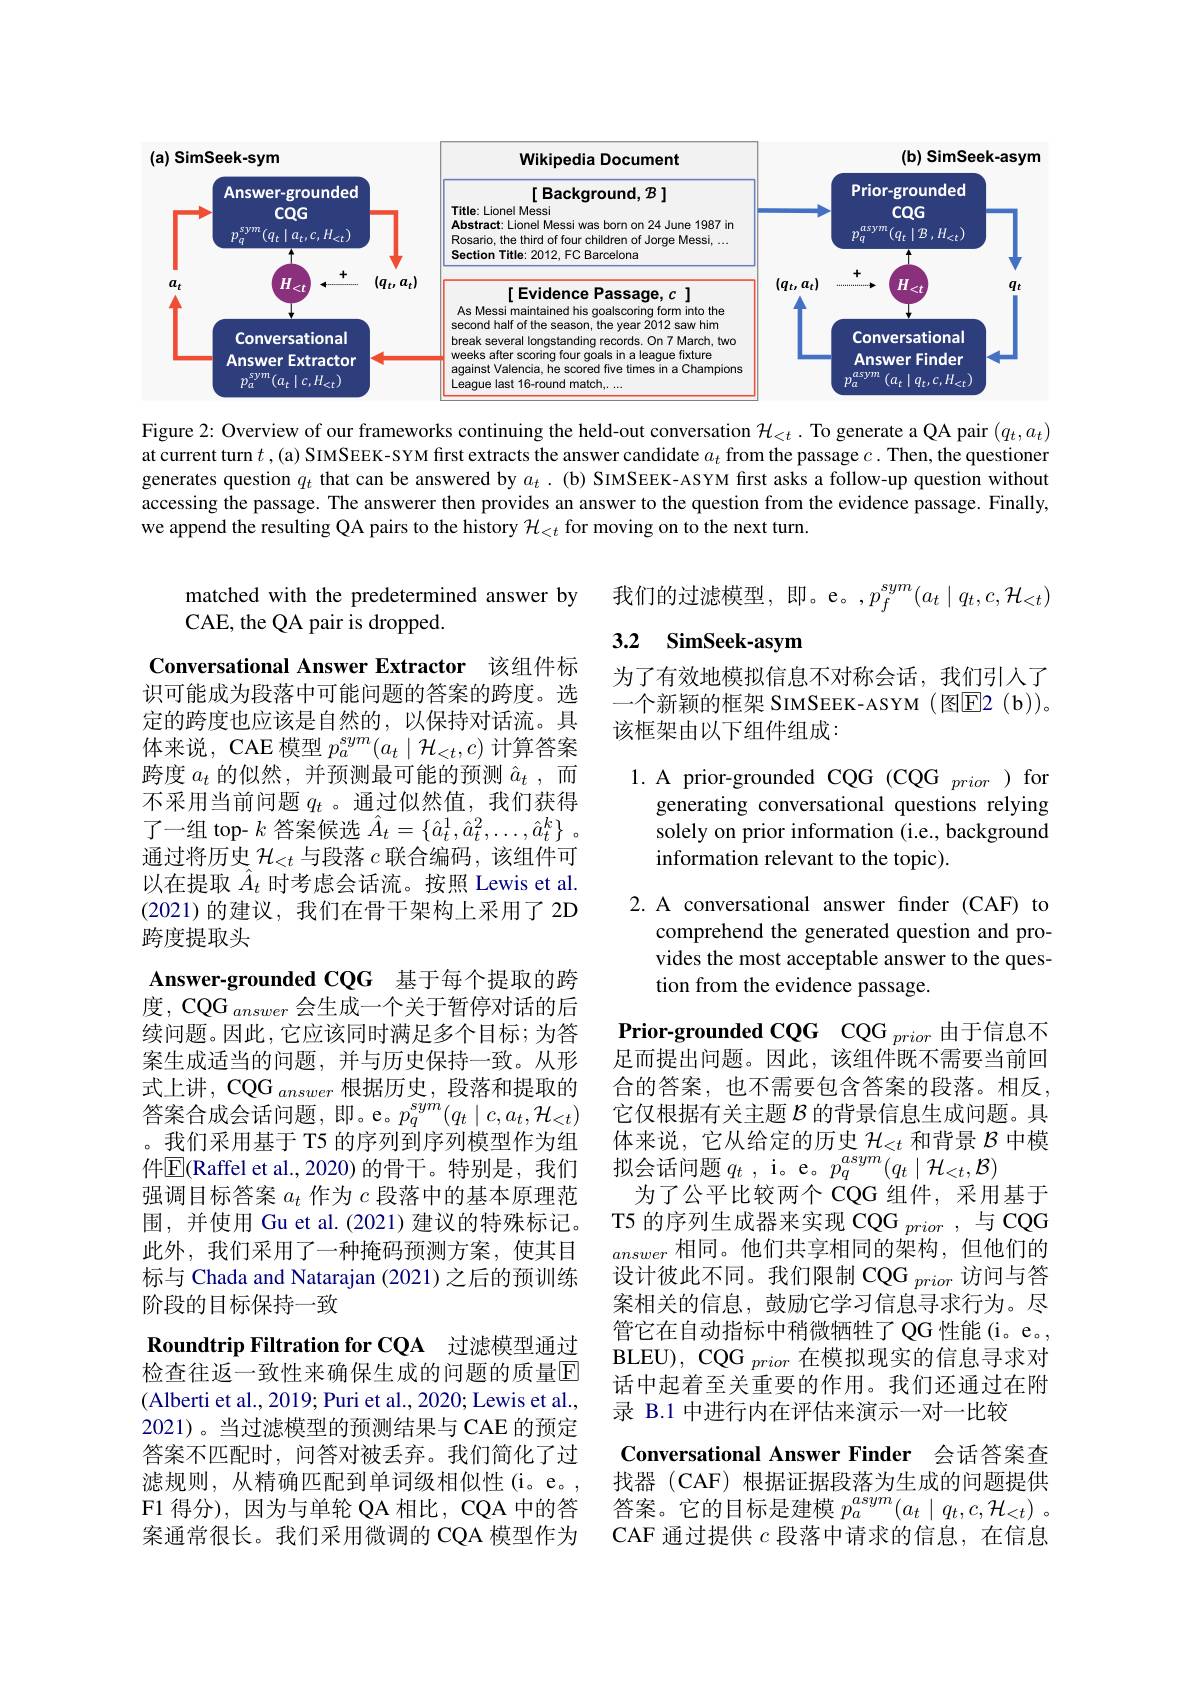
<FigureHere>

Figure 2: Overview of our frameworks continuing the held-out conversation $\mathcal{H}_{<t}.$ To generate a QA pair $(q_t,a_t)$ at current turn $t$ ,(a) SIMSEEK-SYM first extracts the answer candidate $a_t$ from the passage $c.$ Then, the questioner generates question $q_t$ that can be answered by $a_t.$ (b) SIMSEEK-ASYM first asks a follow-up question without accessing the passage. The answerer then provides an answer to the question from the evidence passage. Finally, we append the resulting QA pairs to the history $\mathcal{H}_<t$ for moving on to the next turn.

我们的过滤模型，即。e。$,p_f^{sym}(a_t\mid q_t,c,\mathcal{H}_{<t})$

matched with the predetermined answer by
CAE, the QA pair is dropped.

# 3.2 SimSeek-asym

为了有效地模拟信息不对称会话，我们引入了一个新颖的框架 SIMSEEK-ASYM (图$\boxed{\mathrm{E} }2( \mathbf{b} ) ) $。该框架由以下组件组成：

1. A prior-grounded CQG (CQG prior ) for

generating conversational questions relying solely on prior information (i.e., background information relevant to the topic).

2. A conversational answer finder (CAF) to

comprehend the generated question and provides the most acceptable answer to the question from the evidence passage.

Conversational Answer Extractor 该组件标识可能成为段落中可能问题的答案的跨度。选定的跨度也应该是自然的，以保持对话流。具体来说，CAE 模型$p_a^{sym}(a_t\mid\mathcal{H}_{<t},c)$计算答案跨度$a_t$的似然，并预测最可能的预测$\hat{a}_t$,而不采用当前问题$q_t$ 。通过似然值，我们获得了一组 top- $k$答案候选$\hat{A}_t=\{\hat{a}_t^1,\hat{a}_t^2,\ldots,\hat{a}_t^k\}$ 通过将历史$\mathcal{H}_<t$与段落$c$联合编码，该组件可以在提取$\hat{A}_t$时考虑会话流。按照 Lewis et al. (2021)的建议，我们在骨干架构上采用了 2D 跨度提取头
Answer-grounded CQG 基于每个提取的跨度，CQG $_{answer}$会生成一个关于暂停对话的后续问题。因此，它应该同时满足多个目标；为答案生成适当的问题，并与历史保持一致。从形式上讲，CQG $_{answer}$根据历史，段落和提取的答案合成会话问题，即。e。$p_q^{sym}(q_t\mid c,a_t,\mathcal{H}_{<t})$ 。我们采用基于 T5 的序列到序列模型作为组件$\boxed{\mathrm{E}}($Raffel et al.,2020) 的骨干。特别是，我们强调目标答案$a_t$作为$c$段落中的基本原理范围，并使用 Gu et al.(2021)建议的特殊标记。此外，我们采用了一种掩码预测方案，使其目标与 Chada and Natarajan (2021) 之后的预训练阶段的目标保持一致
Roundtrip Filtration for CQA 过滤模型通过检查往返一致性来确保生成的问题的质量$\mathbb{E}$ (Alberti et al., 2019; Puri et al., 2020; Lewis et al., 2021)。当过滤模型的预测结果与 CAE 的预定答案不匹配时，问答对被丢弃。我们简化了过滤规则，从精确匹配到单词级相似性(i。e。, F1 得分),因为与单轮 QA 相比，CQA 中的答案通常很长。我们采用微调的 CQA 模型作为

Prior-grounded CQG CQG $_{prior}$由于信息不足而提出问题。因此，该组件既不需要当前回合的答案，也不需要包含答案的段落。相反， 它仅根据有关主题$\mathcal{B}$的背景信息生成问题。具体来说，它从给定的历史$\mathcal{H}_<t$和背景$\mathcal{B}$中模拟会话问题$q_t$ , i。e $p_q^{asym}( q_t\mid \mathcal{H} _{< t}, \mathcal{B} )$
为了公平比较两个 CQG 组件，采用基于T5 的序列生成器来实现 CQG $_{prior}$ ,与 CQG answer相同。他们共享相同的架构，但他们的设计彼此不同。我们限制 CQG $_{prior}$访问与答案相关的信息，鼓励它学习信息寻求行为。尽管它在自动指标中稍微牺牲了QG性能(i。e。, BLEU), CQG $_{prior}$在模拟现实的信息寻求对话中起着至关重要的作用。我们还通过在附录 B.1 中进行内在评估来演示一对一比较
Conversational Answer Finder 会话答案查找器 (CAF) 根据证据段落为生成的问题提供答案。它的目标是建模$p_a^{asym}(a_t\mid q_t,c,\mathcal{H}_{<t})$ 。CAF 通过提供$c$段落中请求的信息，在信息